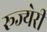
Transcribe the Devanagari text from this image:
रूज्येरी